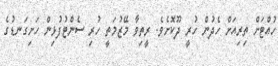
ހުއްޓަށް ތިރިއަށް ހެދުން ހުރީ ދޫކޮށެވެ. ރީތިވާ މޭޒުމަތީ ހުރި ސެންޓުފުޅިން ހަށިގަނޑުގެ